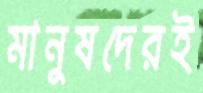
মানুষদেরই